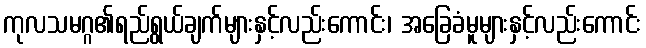
ကုလသမဂ္ဂ၏ရည်ရွယ်ချက်များနှင့်လည်းကောင်း၊ အခြေခံမူများနှင့်လည်းကောင်း